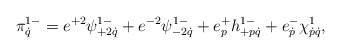
\begin{align*}\pi^{1-}_{\dot q}=e^{+2}\psi^{1-}_{+2\dot q}+e^{-2}\psi^{1-}_{-2\dot q}+e^+_ph^{1-}_{+p\dot q}+e^-_{\dot p}\chi^1_{\dot p\dot q},\end{align*}